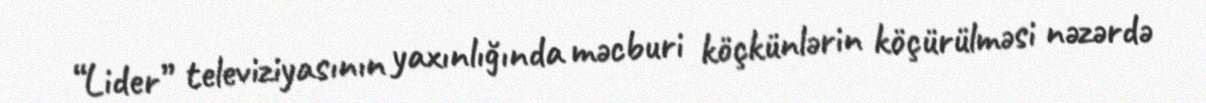
“Lider” televiziyasının yaxınlığında məcburi köçkünlərin köçürülməsi nəzərdə